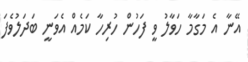
އޭނާ އެ މަގާމާ ހަވާލު ވީ ފަހުން ހުރިހާ ކަމެއް އެވަނީ ބަދަލުވެފަ